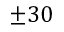
\pm 3 0